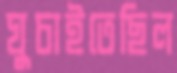
ঘুচাইতেছিল